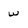
Character: w